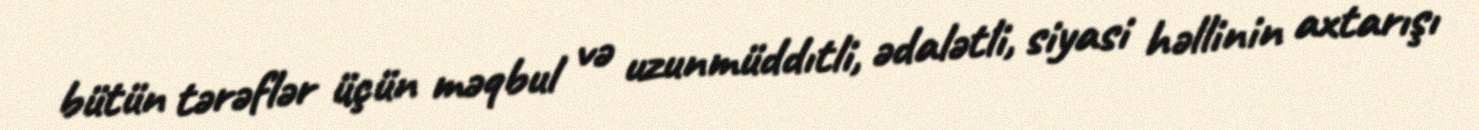
bütün tərəflər üçün məqbul və uzunmüddıtli, ədalətli, siyasi həllinin axtarışı